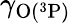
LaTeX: \gamma_{\mathrm{O(^{3}P)}}